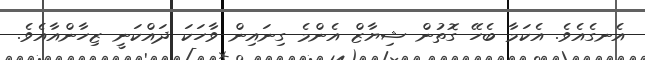
އެނގެއެވެ. އެކަމާ ބެހޭ ގޮތުން ޝިޔާޒް އެންމެ ގިނައިން ވާހަކަ ދައްކަނީ ޒިހާންއާއެވެ.